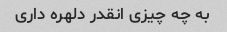
به چه چیزی انقدر دلهره داری